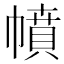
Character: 幩